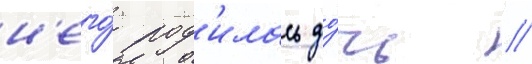
н'его́ род'илась до́чь //